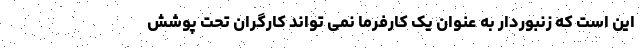
این است که زنبوردار به عنوان یک کارفرما نمی تواند کارگران تحت پوشش